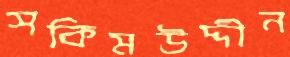
সকিমউদ্দীন